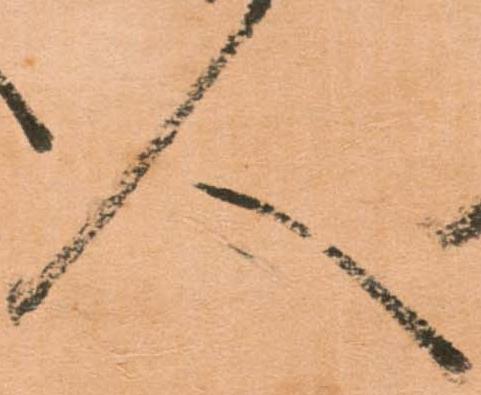
人